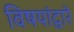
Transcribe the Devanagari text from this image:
विषयांद्वारे